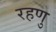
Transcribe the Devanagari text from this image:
रहणु